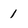
Character: 1